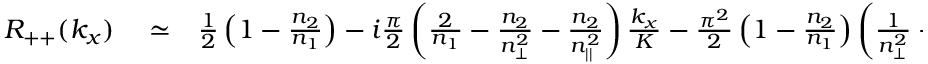
\begin{array} { r l r } { R _ { + + } ( k _ { x } ) } & { { } \simeq } & { \frac { 1 } { 2 } \left( 1 - \frac { n _ { 2 } } { n _ { 1 } } \right) - i \frac { \pi } { 2 } \left( \frac { 2 } { n _ { 1 } } - \frac { n _ { 2 } } { n _ { \perp } ^ { 2 } } - \frac { n _ { 2 } } { n _ { | | } ^ { 2 } } \right) \frac { k _ { x } } { K } - \frac { \pi ^ { 2 } } { 2 } \left( 1 - \frac { n _ { 2 } } { n _ { 1 } } \right) \left( \frac { 1 } { n _ { \perp } ^ { 2 } } + \frac { 1 } { n _ { | | } ^ { 2 } } \right) \frac { k _ { x } ^ { 2 } } { K ^ { 2 } } } \end{array}